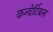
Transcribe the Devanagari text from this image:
कन्वेर्टिबल